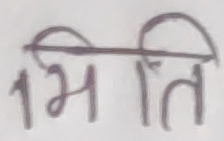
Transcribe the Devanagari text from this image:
भिति